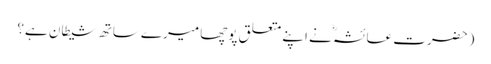
(حضرت عائشہؓ نے اپنے متعلق پوچھا میرے ساتھ شیطان ہے؟